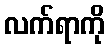
လက်ရာကို